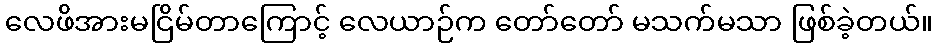
လေဖိအားမငြိမ်တာကြောင့် လေယာဉ်က တော်တော် မသက်မသာ ဖြစ်ခဲ့တယ်။